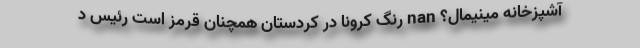
آشپزخانه مینیمال؟ nan رنگ کرونا در کردستان همچنان قرمز است رئیس د